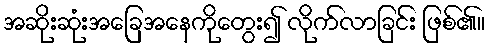
အဆိုးဆုံးအခြေအနေကိုတွေး၍ လိုက်လာခြင်း ဖြစ်၏။